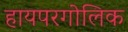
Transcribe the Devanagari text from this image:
हायपरगोलिक